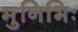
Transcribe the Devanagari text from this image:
मुनिभिः